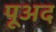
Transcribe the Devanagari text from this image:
पूअद